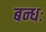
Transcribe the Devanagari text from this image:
बन्धः